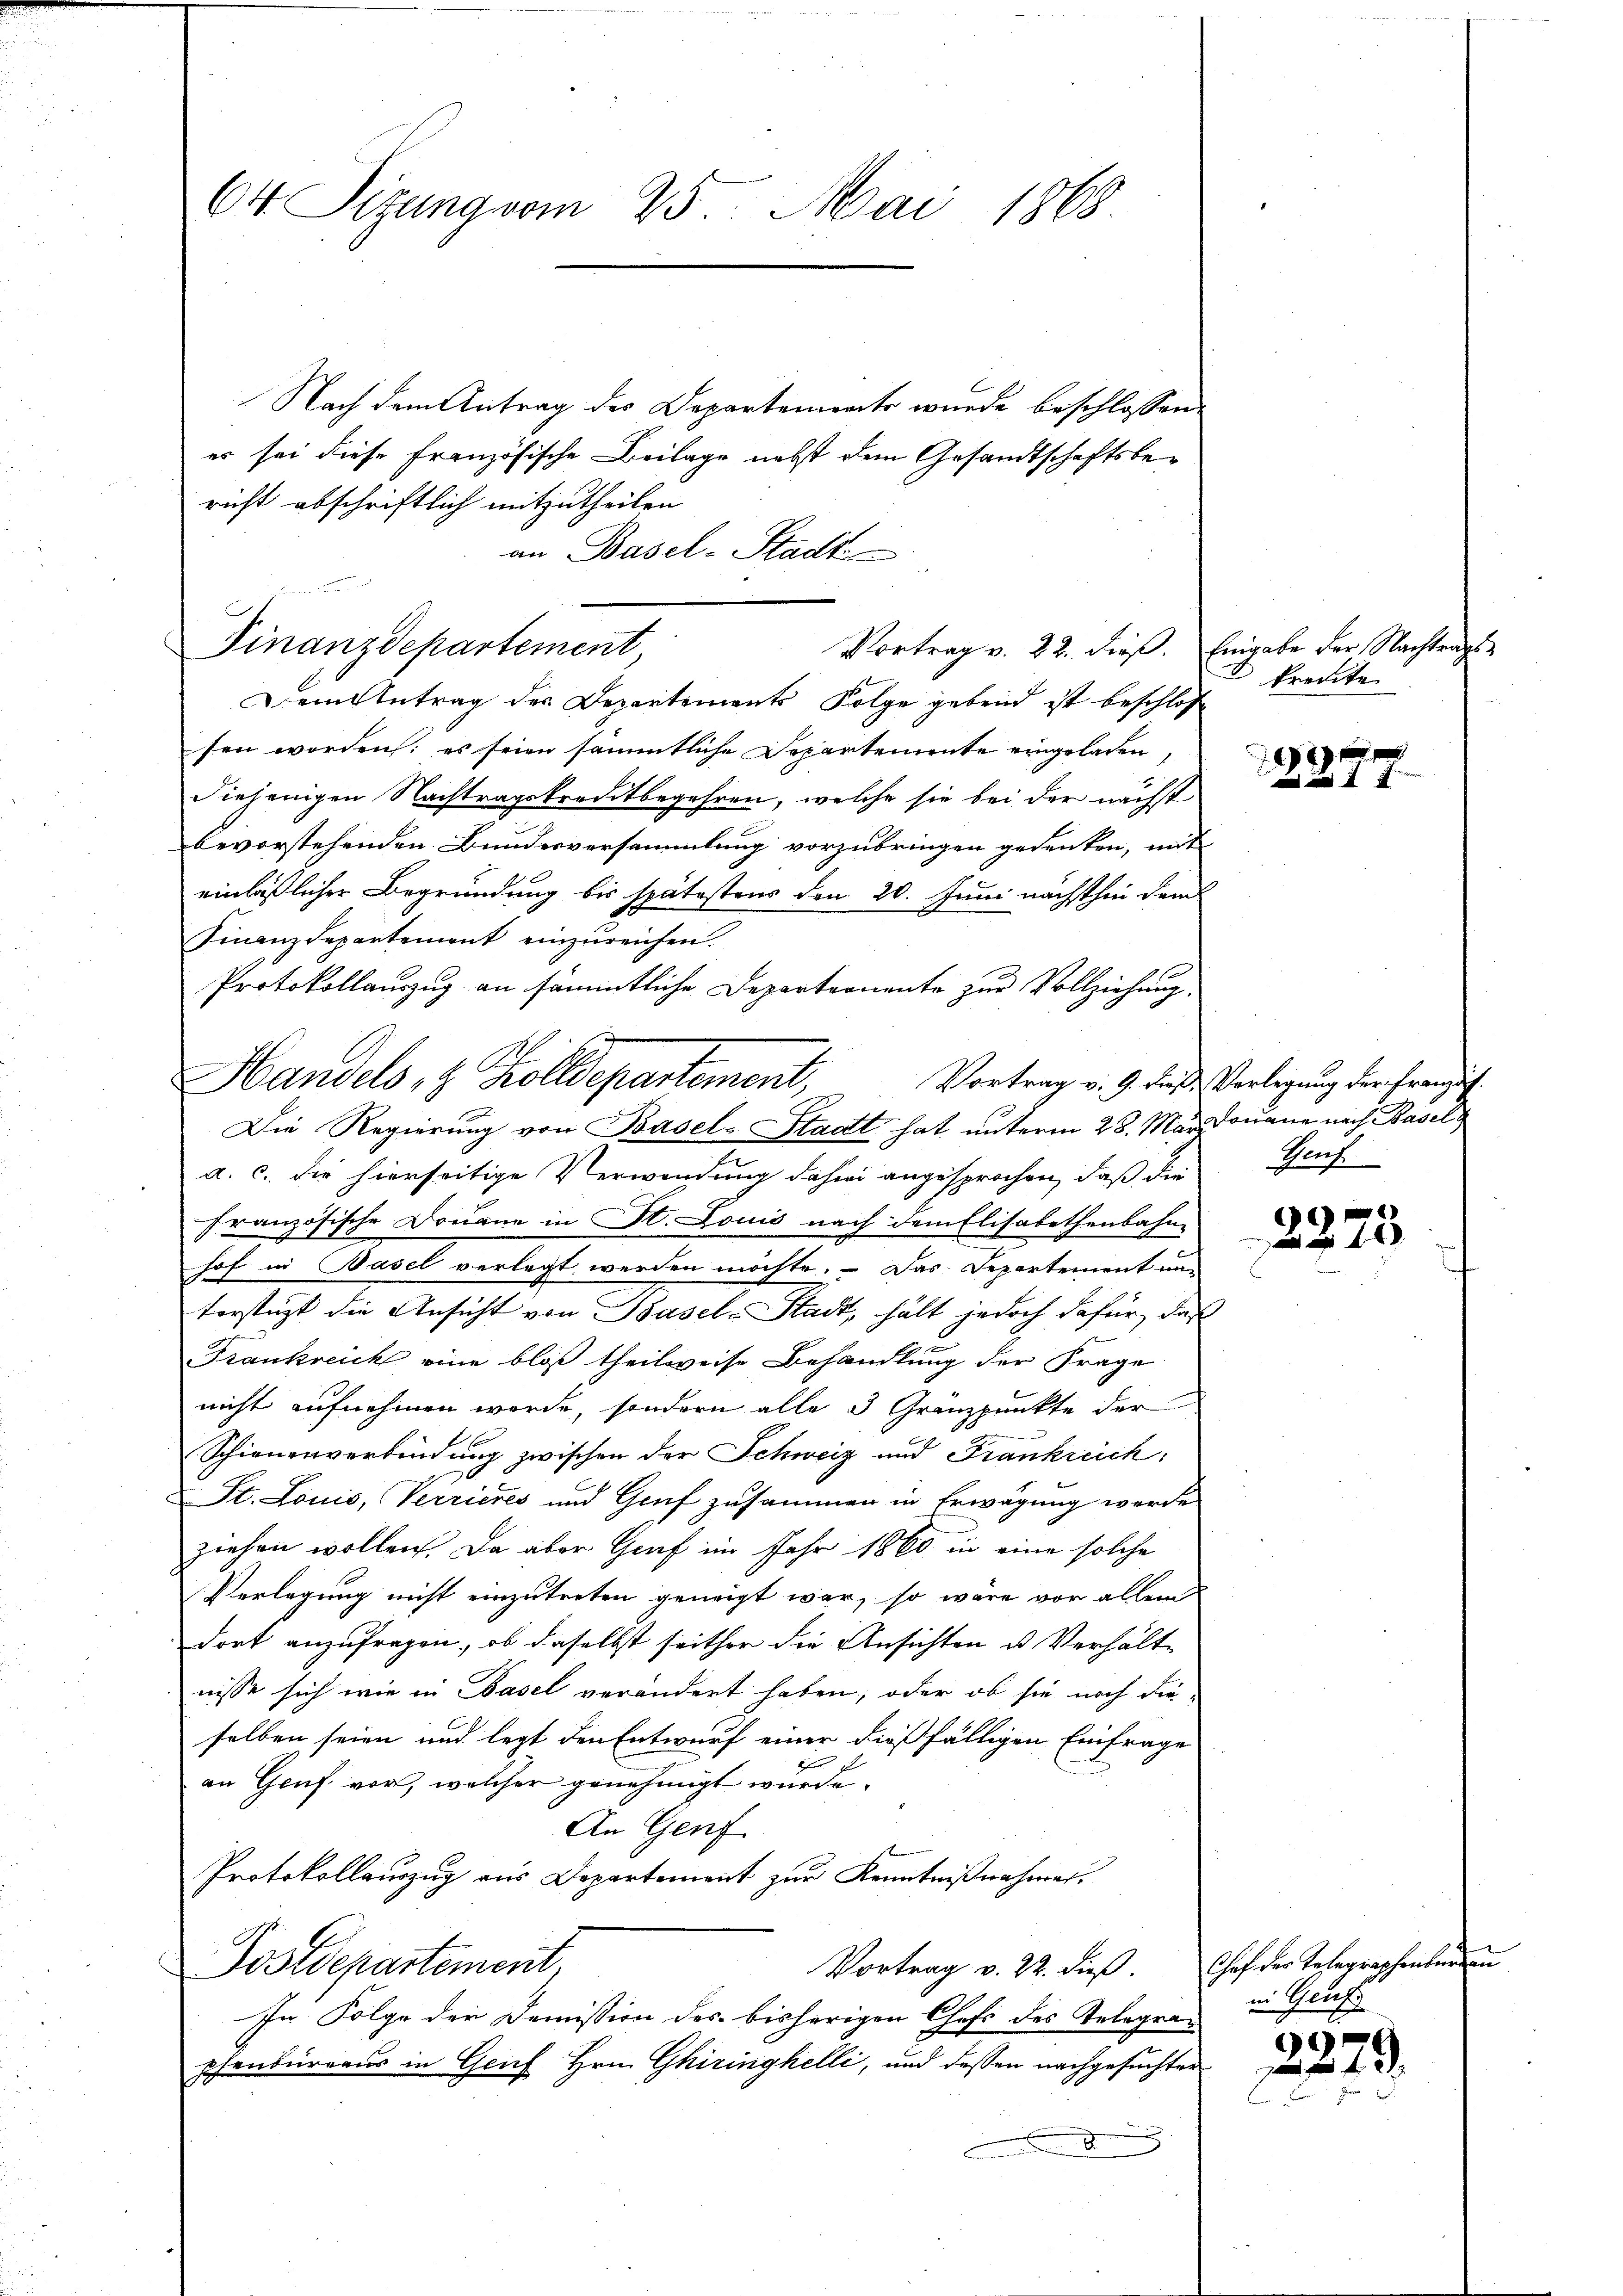
64 Sizung vom 25. Mai 1868.

Nach dem Antrag des Departements wurde beschlossen:
er sei diese Französische Beilage nebst dem Gesandtschaftsbericht abschriftlich mitzutheilen.
an Basel-Stadt
Vortrag v. 22. dieß. Eingabe der Nachtrags-
Dem Antrag des Departements Folge gebend ist beschlos
sen worden: es seien sämmtliche Departemente eingeladen,
diejenigen Nachtragskreditbegehren, welche sie bei der nächst
bevorstehenden Bundesversammlung vorzubringen gedenken, mit
einläßlicher Begründung bis spätestens den 20. Juni nächsthin dem
Finanzdepartement einzŭreichen.
Protokollauszug an sämmtliche Departernente zur Vollziehung
Die Regierung von Basel-Stadt hat unterm 25. May douane nach Basel
a. c. die hierseitige Verwendung dahin angesprochen, daß die
sche Douane in St. Louis nach dem Elisabethenbahn-
Französis
hof in Basel verlegt werden möchte. - Das Departement unterstüzt die Ansicht von Basel-Stadt, hält jedoch dafür, daß
Frankreich eine bloß theilweise Behandlung der Frage
nicht aufnehmen werde, sondern alle 3 Gränzpunkte der
Schienenverbindung zwischen der Schweiz und Frankreich:
St. Louis, Verrieres und Genf zusammen in Erwägung werde
ziehen wollen. Da aber Graf im Jahr 1860 in eine solche
Verlegung nicht einzutreten geneigt war, so wäre vor allem
dort anzufragen, ob daselbst seither die Ansichten u. Verhältn
nisse sich wie in Basel verändert haben, oder ob sie noch die
selben seien und legt den Entwurf einer dießfälligen Einfrage
an Gruf vor, welcher genehmigt wurde.
An Genf
Protokollauszug aus Departement zŭr Kenntnißnahmen.
Vortrag v. 22. dieβ. Chef der Telegraphenberein
Postdepartement,
In Folge der Demission des bisherigen Chefs des Telegraphenbureaus in Genf Hrn. Ghiringhelli, und dessen nachgesuchter
.

Finanzdepartement

Handels, 8 Zolldepartement,

kreute

1
 14

Vortrag v. 9. dieß Verlegung der Franzis¬
Genf.

c
4

in Gruf

2279.